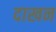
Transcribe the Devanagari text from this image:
दाखन